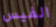
الفيس